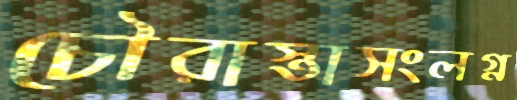
চৌরাস্তাসংলগ্ন